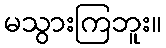
မသွားကြဘူး။